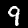
Label: 9